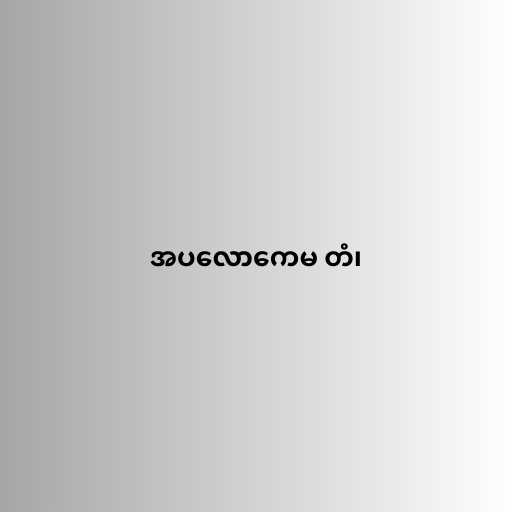
အပလောကေမ တံ၊